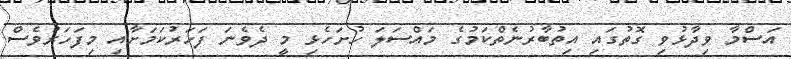
އަސްމާ ވިދާޅުވި ގޮތުގައި އިތުބާރުނެތްކަމުގެ މައްސަލަ ހުށަހެޅި މީ ދެވެނަ ފަހަރުކަމަށާއި މިފަހަރުވެސް